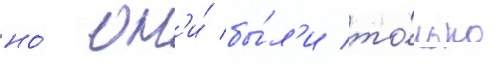
но́ он'и́ бы́л'и то́лько